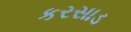
કરસાડ